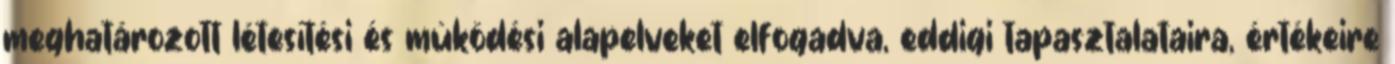
meghatározott létesítési és mûködési alapelveket elfogadva, eddigi tapasztalataira, értékeire